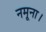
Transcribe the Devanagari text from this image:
नमूना।